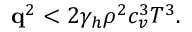
\begin{array} { r } { \mathbf q ^ { 2 } < 2 \gamma _ { h } \rho ^ { 2 } c _ { v } ^ { 3 } T ^ { 3 } . } \end{array}